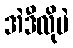
အဲဒီလိုပဲ